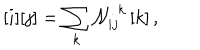
\, [ i ] [ j ] = \sum _ { k } { \cal N } _ { i j } ^ { \, \, k } \, [ k ] \, ,